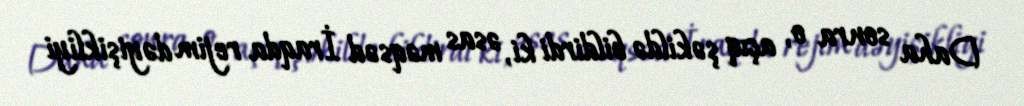
Daha sonra o, açıq şəkildə bildirdi ki, əsas məqsəd İraqda rejim dəyişikliyi